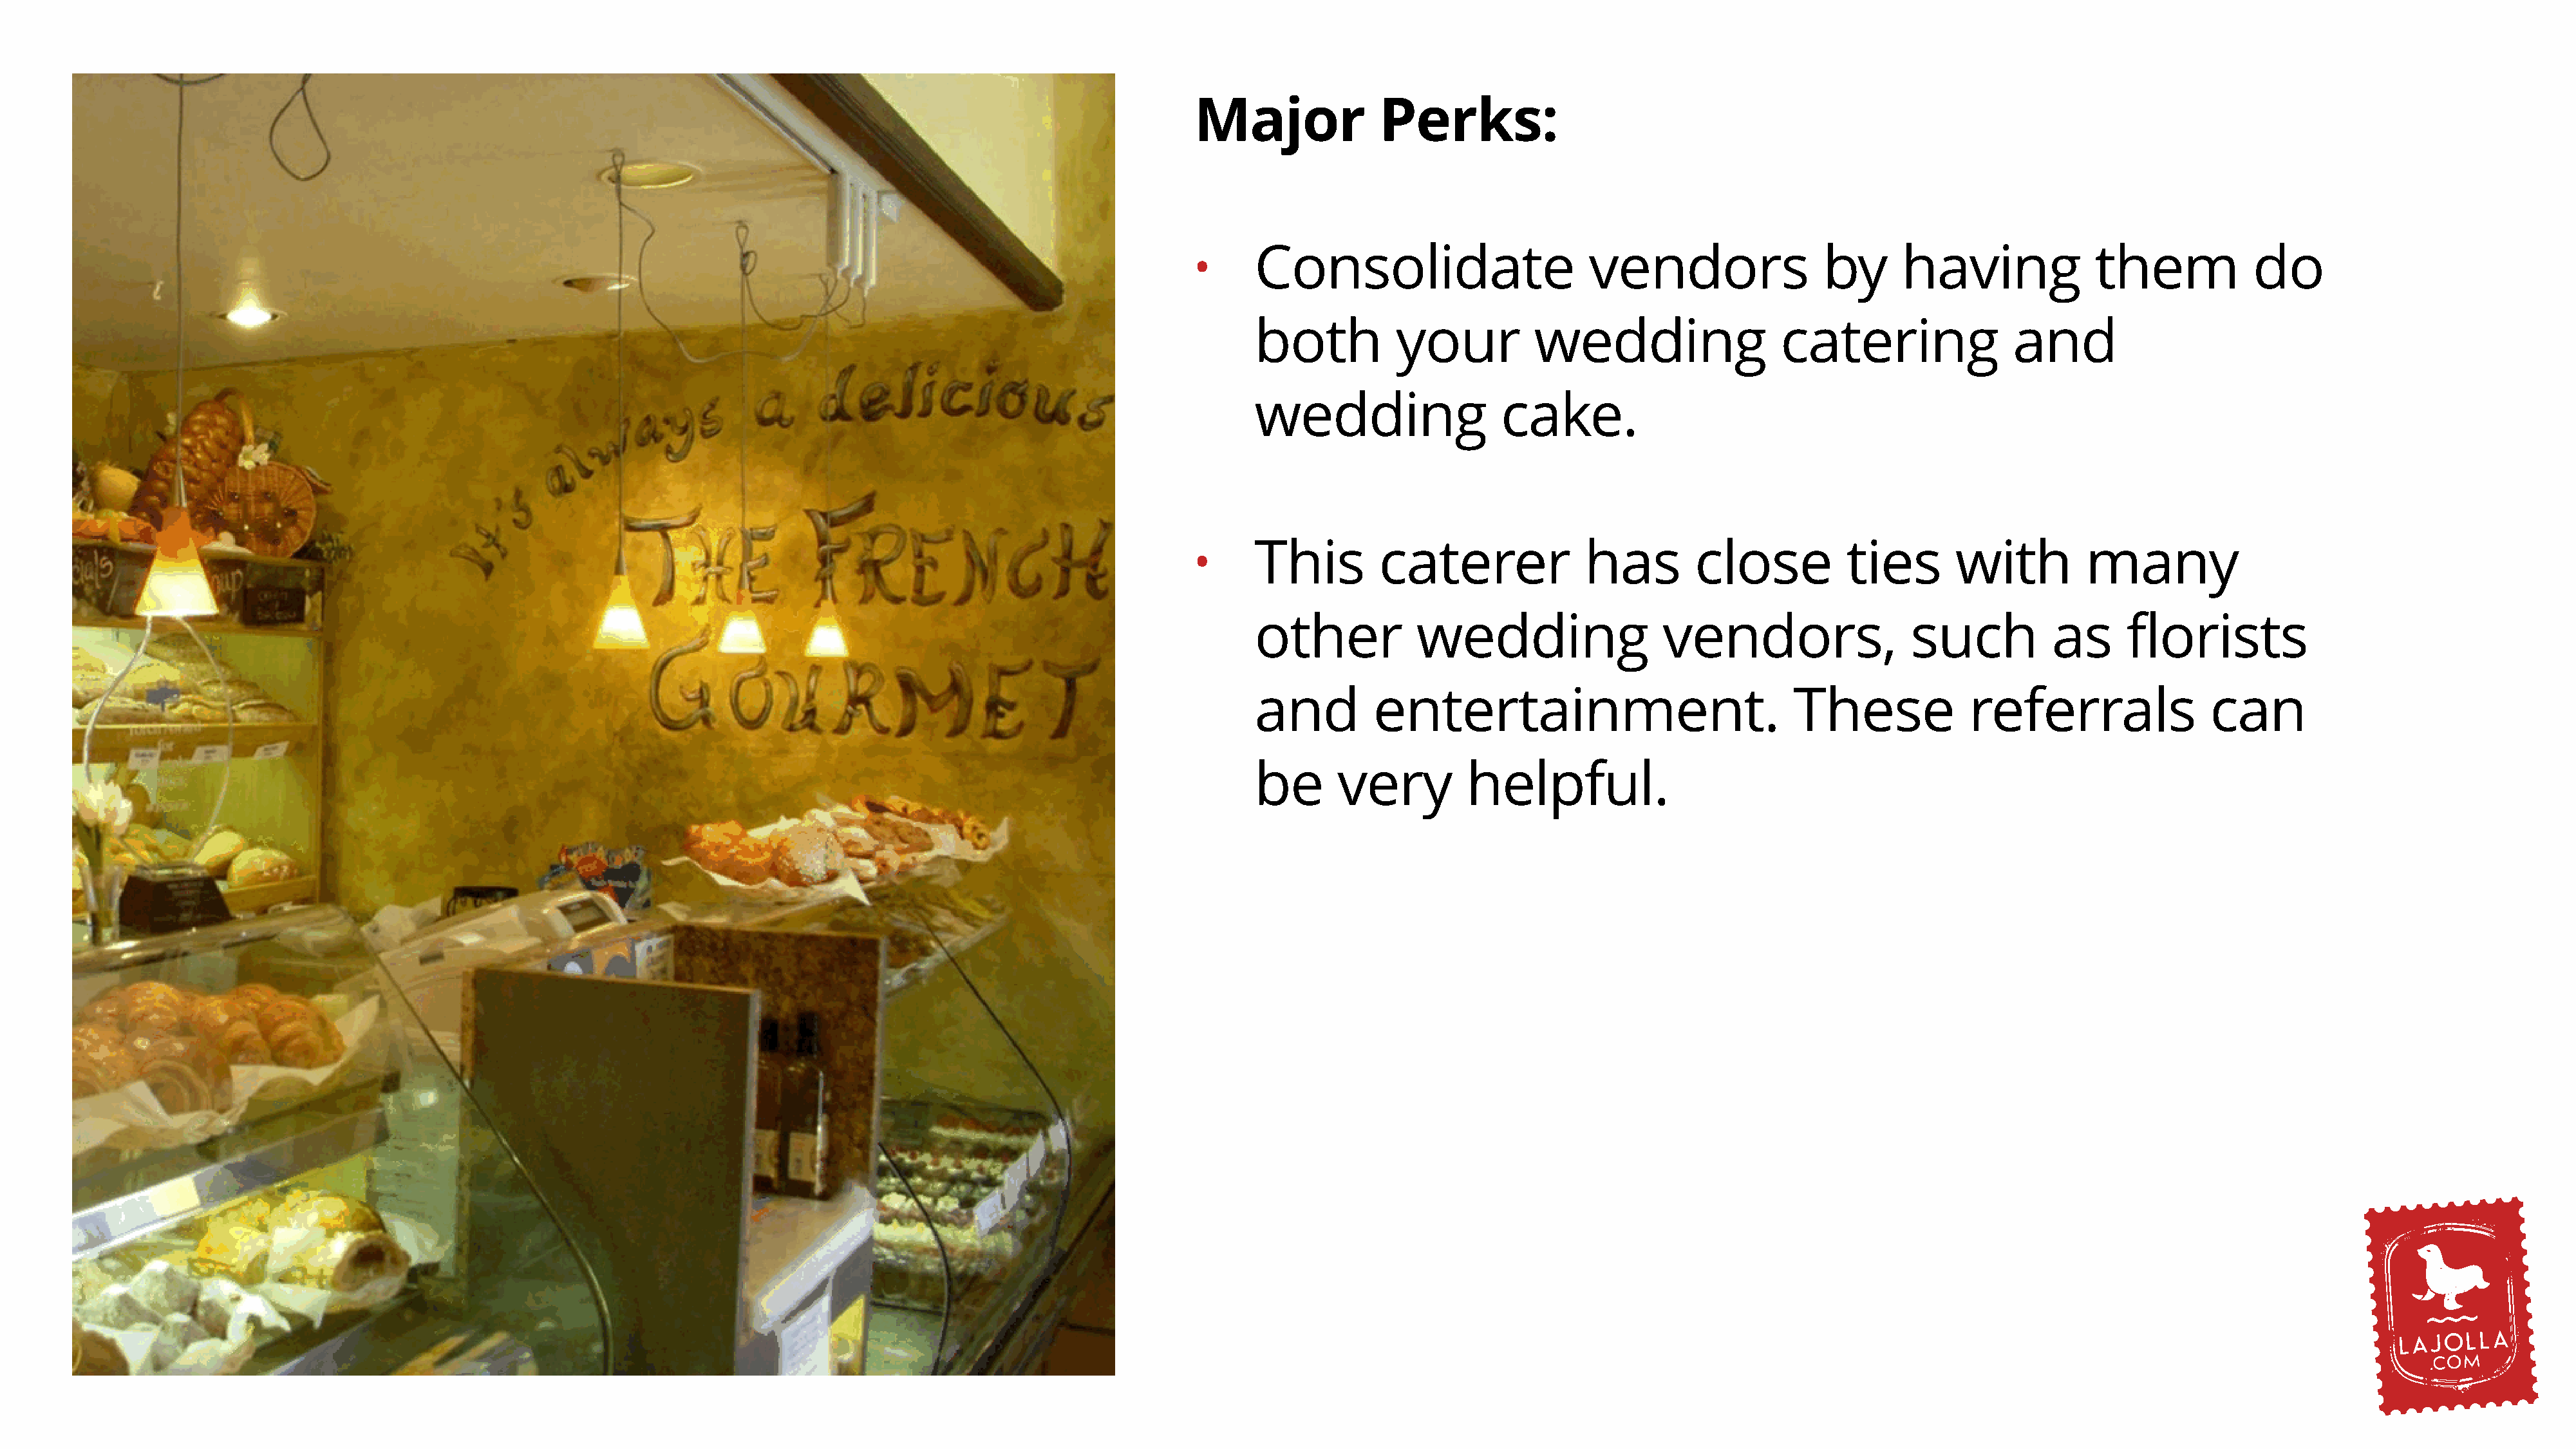
Major              Perks:
 Consolidate                       vendors                 by      having              them             do
 •
 both           your          wedding                  catering                and
 wedding                  cake.
 This         caterer              has        close           ties       with         many
 •
 other            wedding                  vendors,                 such           as      florists
 and         entertainment.                             These             referrals                can
 be      very          helpful.